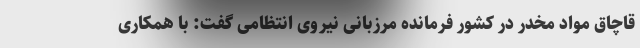
قاچاق مواد مخدر در کشور فرمانده مرزبانی نیروی انتظامی گفت: با همکاری